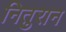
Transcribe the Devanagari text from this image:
नितुरान